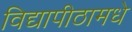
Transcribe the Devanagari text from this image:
विद्यापीठामधे